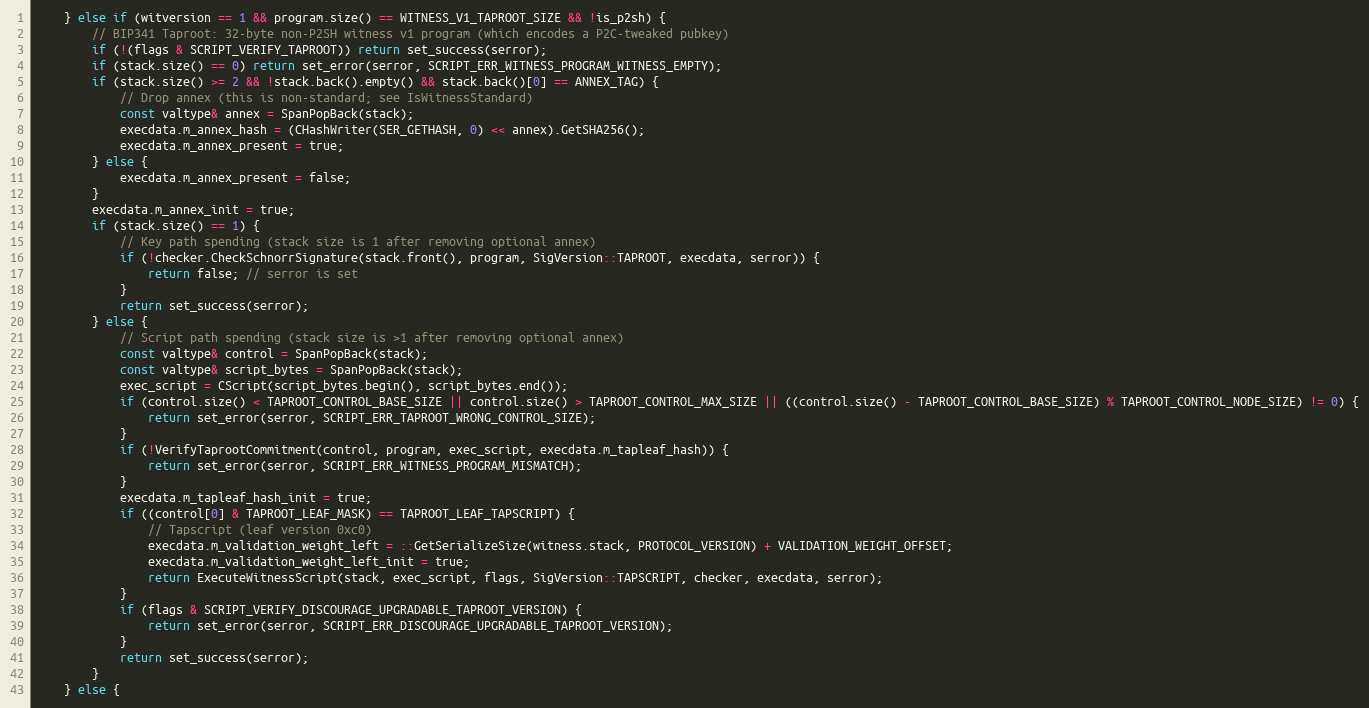
Language: C++
    } else if (witversion == 1 && program.size() == WITNESS_V1_TAPROOT_SIZE && !is_p2sh) {
        // BIP341 Taproot: 32-byte non-P2SH witness v1 program (which encodes a P2C-tweaked pubkey)
        if (!(flags & SCRIPT_VERIFY_TAPROOT)) return set_success(serror);
        if (stack.size() == 0) return set_error(serror, SCRIPT_ERR_WITNESS_PROGRAM_WITNESS_EMPTY);
        if (stack.size() >= 2 && !stack.back().empty() && stack.back()[0] == ANNEX_TAG) {
            // Drop annex (this is non-standard; see IsWitnessStandard)
            const valtype& annex = SpanPopBack(stack);
            execdata.m_annex_hash = (CHashWriter(SER_GETHASH, 0) << annex).GetSHA256();
            execdata.m_annex_present = true;
        } else {
            execdata.m_annex_present = false;
        }
        execdata.m_annex_init = true;
        if (stack.size() == 1) {
            // Key path spending (stack size is 1 after removing optional annex)
            if (!checker.CheckSchnorrSignature(stack.front(), program, SigVersion::TAPROOT, execdata, serror)) {
                return false; // serror is set
            }
            return set_success(serror);
        } else {
            // Script path spending (stack size is >1 after removing optional annex)
            const valtype& control = SpanPopBack(stack);
            const valtype& script_bytes = SpanPopBack(stack);
            exec_script = CScript(script_bytes.begin(), script_bytes.end());
            if (control.size() < TAPROOT_CONTROL_BASE_SIZE || control.size() > TAPROOT_CONTROL_MAX_SIZE || ((control.size() - TAPROOT_CONTROL_BASE_SIZE) % TAPROOT_CONTROL_NODE_SIZE) != 0) {
                return set_error(serror, SCRIPT_ERR_TAPROOT_WRONG_CONTROL_SIZE);
            }
            if (!VerifyTaprootCommitment(control, program, exec_script, execdata.m_tapleaf_hash)) {
                return set_error(serror, SCRIPT_ERR_WITNESS_PROGRAM_MISMATCH);
            }
            execdata.m_tapleaf_hash_init = true;
            if ((control[0] & TAPROOT_LEAF_MASK) == TAPROOT_LEAF_TAPSCRIPT) {
                // Tapscript (leaf version 0xc0)
                execdata.m_validation_weight_left = ::GetSerializeSize(witness.stack, PROTOCOL_VERSION) + VALIDATION_WEIGHT_OFFSET;
                execdata.m_validation_weight_left_init = true;
                return ExecuteWitnessScript(stack, exec_script, flags, SigVersion::TAPSCRIPT, checker, execdata, serror);
            }
            if (flags & SCRIPT_VERIFY_DISCOURAGE_UPGRADABLE_TAPROOT_VERSION) {
                return set_error(serror, SCRIPT_ERR_DISCOURAGE_UPGRADABLE_TAPROOT_VERSION);
            }
            return set_success(serror);
        }
    } else {